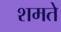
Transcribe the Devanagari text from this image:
शमते